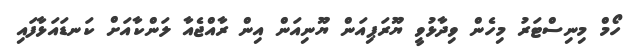
ހޯމް މިނިސްޓަރު މިހެން ވިދާޅުވީ ޔޫރަޕިއަން ޔޫނިއަން އިން ރާއްޖެއާ ލަންކާއަށް ކަނޑައަޅާފައި